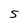
Character: S